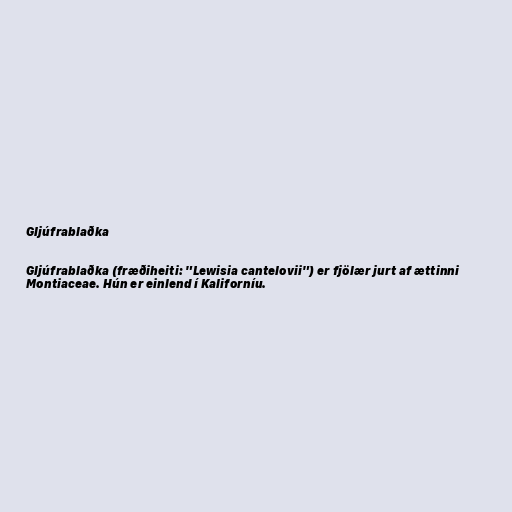
Gljúfrablaðka

Gljúfrablaðka (fræðiheiti: "Lewisia cantelovii") er fjölær jurt af ættinni
Montiaceae. Hún er einlend í Kaliforníu.